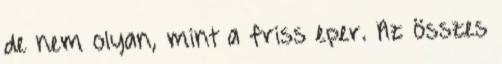
de nem olyan, mint a friss eper. Az összes